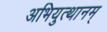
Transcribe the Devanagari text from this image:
अभियुत्थानम्